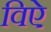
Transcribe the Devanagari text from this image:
विऐ